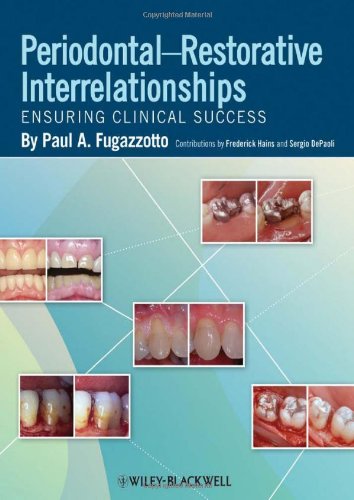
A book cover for Periodontal-Restorative Interrelationships: Ensuring Clinical Success; Paul A. Fugazzotto; Medical Books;